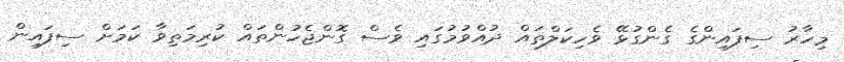
މިހާރު ސިފައިންގެ ގެންގުޅޭ ވެހިކަލްތައް ދުއްވުމުގައި ވެސް ގޮންޖެހުންތައް ކުރިމަތިވާ ކަމަށް ސިފައިން